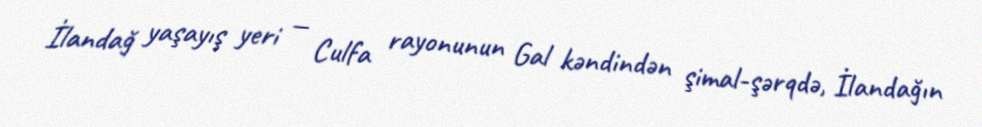
İlandağ yaşayış yeri — Culfa rayonunun Gal kəndindən şimal-şərqdə, İlandağın